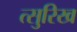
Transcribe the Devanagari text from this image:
त्सुरिख